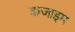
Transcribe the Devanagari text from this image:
कजाइम